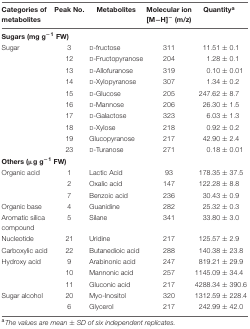
<table><thead><tr><td><b>Categories of metabolites</b></td><td><b>Peak No.</b></td><td><b>Metabolites</b></td><td><b>Molecular ion [M-H]<sup>-</sup> (m/z)</b></td><td><b>Quantity<sup>a</sup></b></td></tr></thead><tbody><tr><td><b>Sugars (mg g<sup>-1</sup> FW)</b></td></tr><tr><td>Sugar</td><td>3</td><td>D-fructose</td><td>311</td><td>11.51 ± 0.1</td></tr><tr><td></td><td>12</td><td>D-Fructopyranose</td><td>204</td><td>1.28 ± 0.1</td></tr><tr><td></td><td>13</td><td>D-Allofuranose</td><td>319</td><td>0.10 ± 0.01</td></tr><tr><td></td><td>14</td><td>D-Xylopyranose</td><td>307</td><td>1.34 ± 0.2</td></tr><tr><td></td><td>15</td><td>D-Glucose</td><td>205</td><td>247.62 ± 8.7</td></tr><tr><td></td><td>16</td><td>D-Mannose</td><td>206</td><td>26.30 ± 1.5</td></tr><tr><td></td><td>17</td><td>D-Galactose</td><td>323</td><td>6.03 ± 1.3</td></tr><tr><td></td><td>18</td><td>D-Xylose</td><td>218</td><td>0.92 ± 0.2</td></tr><tr><td></td><td>19</td><td>Glucopyranose</td><td>217</td><td>42.90 ± 2.4</td></tr><tr><td></td><td>23</td><td>D-Turanose</td><td>271</td><td>0.18 ± 0.01</td></tr><tr><td><b>Others (μg g<sup>-1</sup> FW)</b></td></tr><tr><td>Organic acid</td><td>1</td><td>Lactic Acid</td><td>93</td><td>178.35 ± 37.5</td></tr><tr><td></td><td>2</td><td>Oxalic acid</td><td>147</td><td>122.28 ± 8.8</td></tr><tr><td></td><td>7</td><td>Benzoic acid</td><td>236</td><td>30.43 ± 0.9</td></tr><tr><td>Organic base</td><td>4</td><td>Guanidine</td><td>282</td><td>25.32 ± 0.3</td></tr><tr><td>Aromatic silica compound</td><td>5</td><td>Silane</td><td>341</td><td>33.80 ± 3.0</td></tr><tr><td>Nucleotide</td><td>21</td><td>Uridine</td><td>217</td><td>125.57 ± 2.9</td></tr><tr><td>Carboxylic acid</td><td>22</td><td>Butanedioic acid</td><td>288</td><td>140.38 ± 23.8</td></tr><tr><td>Hydroxy acid</td><td>9</td><td>Arabinonic acid</td><td>247</td><td>819.21 ± 29.9</td></tr><tr><td></td><td>10</td><td>Mannonic acid</td><td>257</td><td>1145.09 ± 34.4</td></tr><tr><td></td><td>11</td><td>Gluconic acid</td><td>217</td><td>4288.34 ± 390.6</td></tr><tr><td>Sugar alcohol</td><td>20</td><td>Myo-Inositol</td><td>320</td><td>1312.59 ± 228.4</td></tr><tr><td></td><td>6</td><td>Glycerol</td><td>217</td><td>242.99 ± 42.0</td></tr></tbody></table>